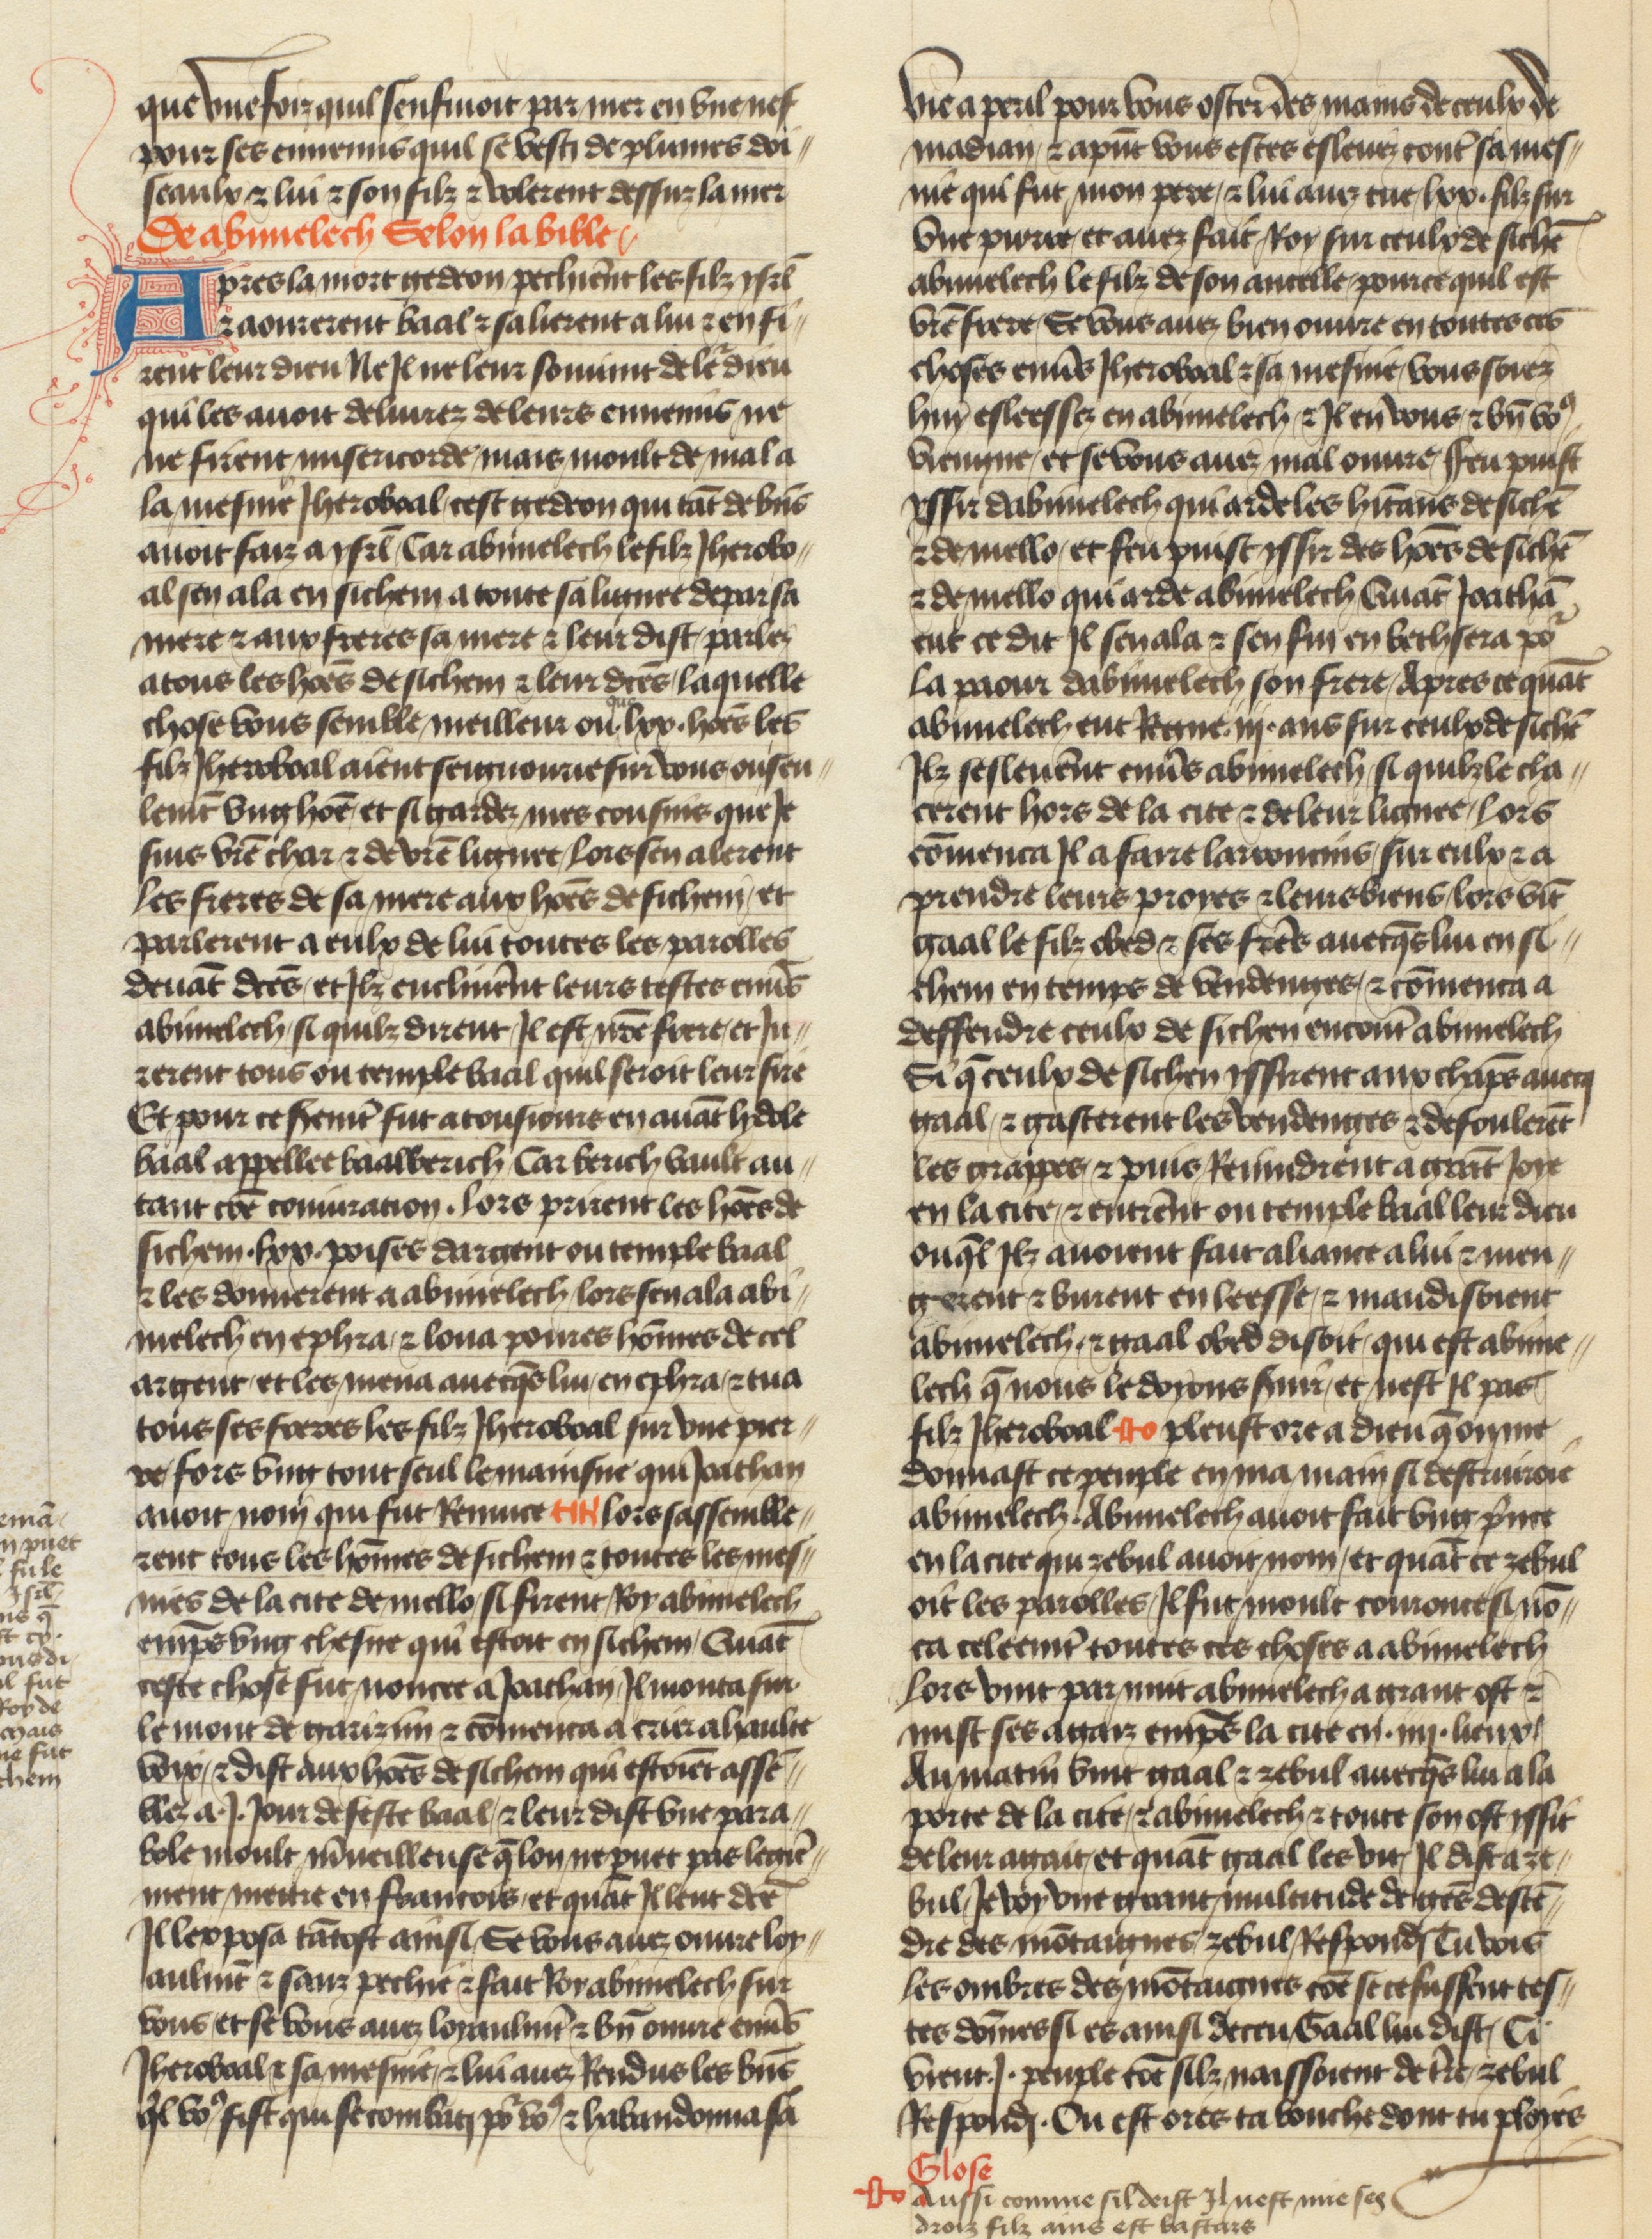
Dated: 1400–1450